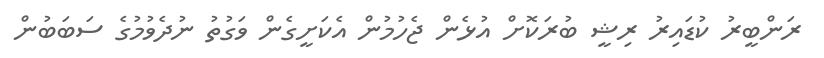
ރަންބީރު ކުޑައިރު ރިޝީ ބުރަކޮށް އުޅެން ޖެހުމުން އެކަށީގެން ވަގުތު ނުދެވުމުގެ ސަބަބުން